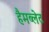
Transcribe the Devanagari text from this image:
हैमब्लेट